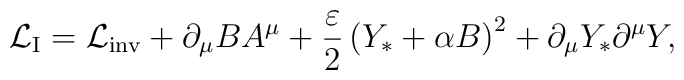
{\cal L}_{\rm I} = {\cal L}_{\rm inv}                   + \partial_\mu B A^\mu                   + {\varepsilon \over 2} \left( Y_* + \alpha B \right)^2                   + \partial_\mu Y_* \partial^\mu Y,                                              \\